Leningradi_Edasi_toimetus, lk 25
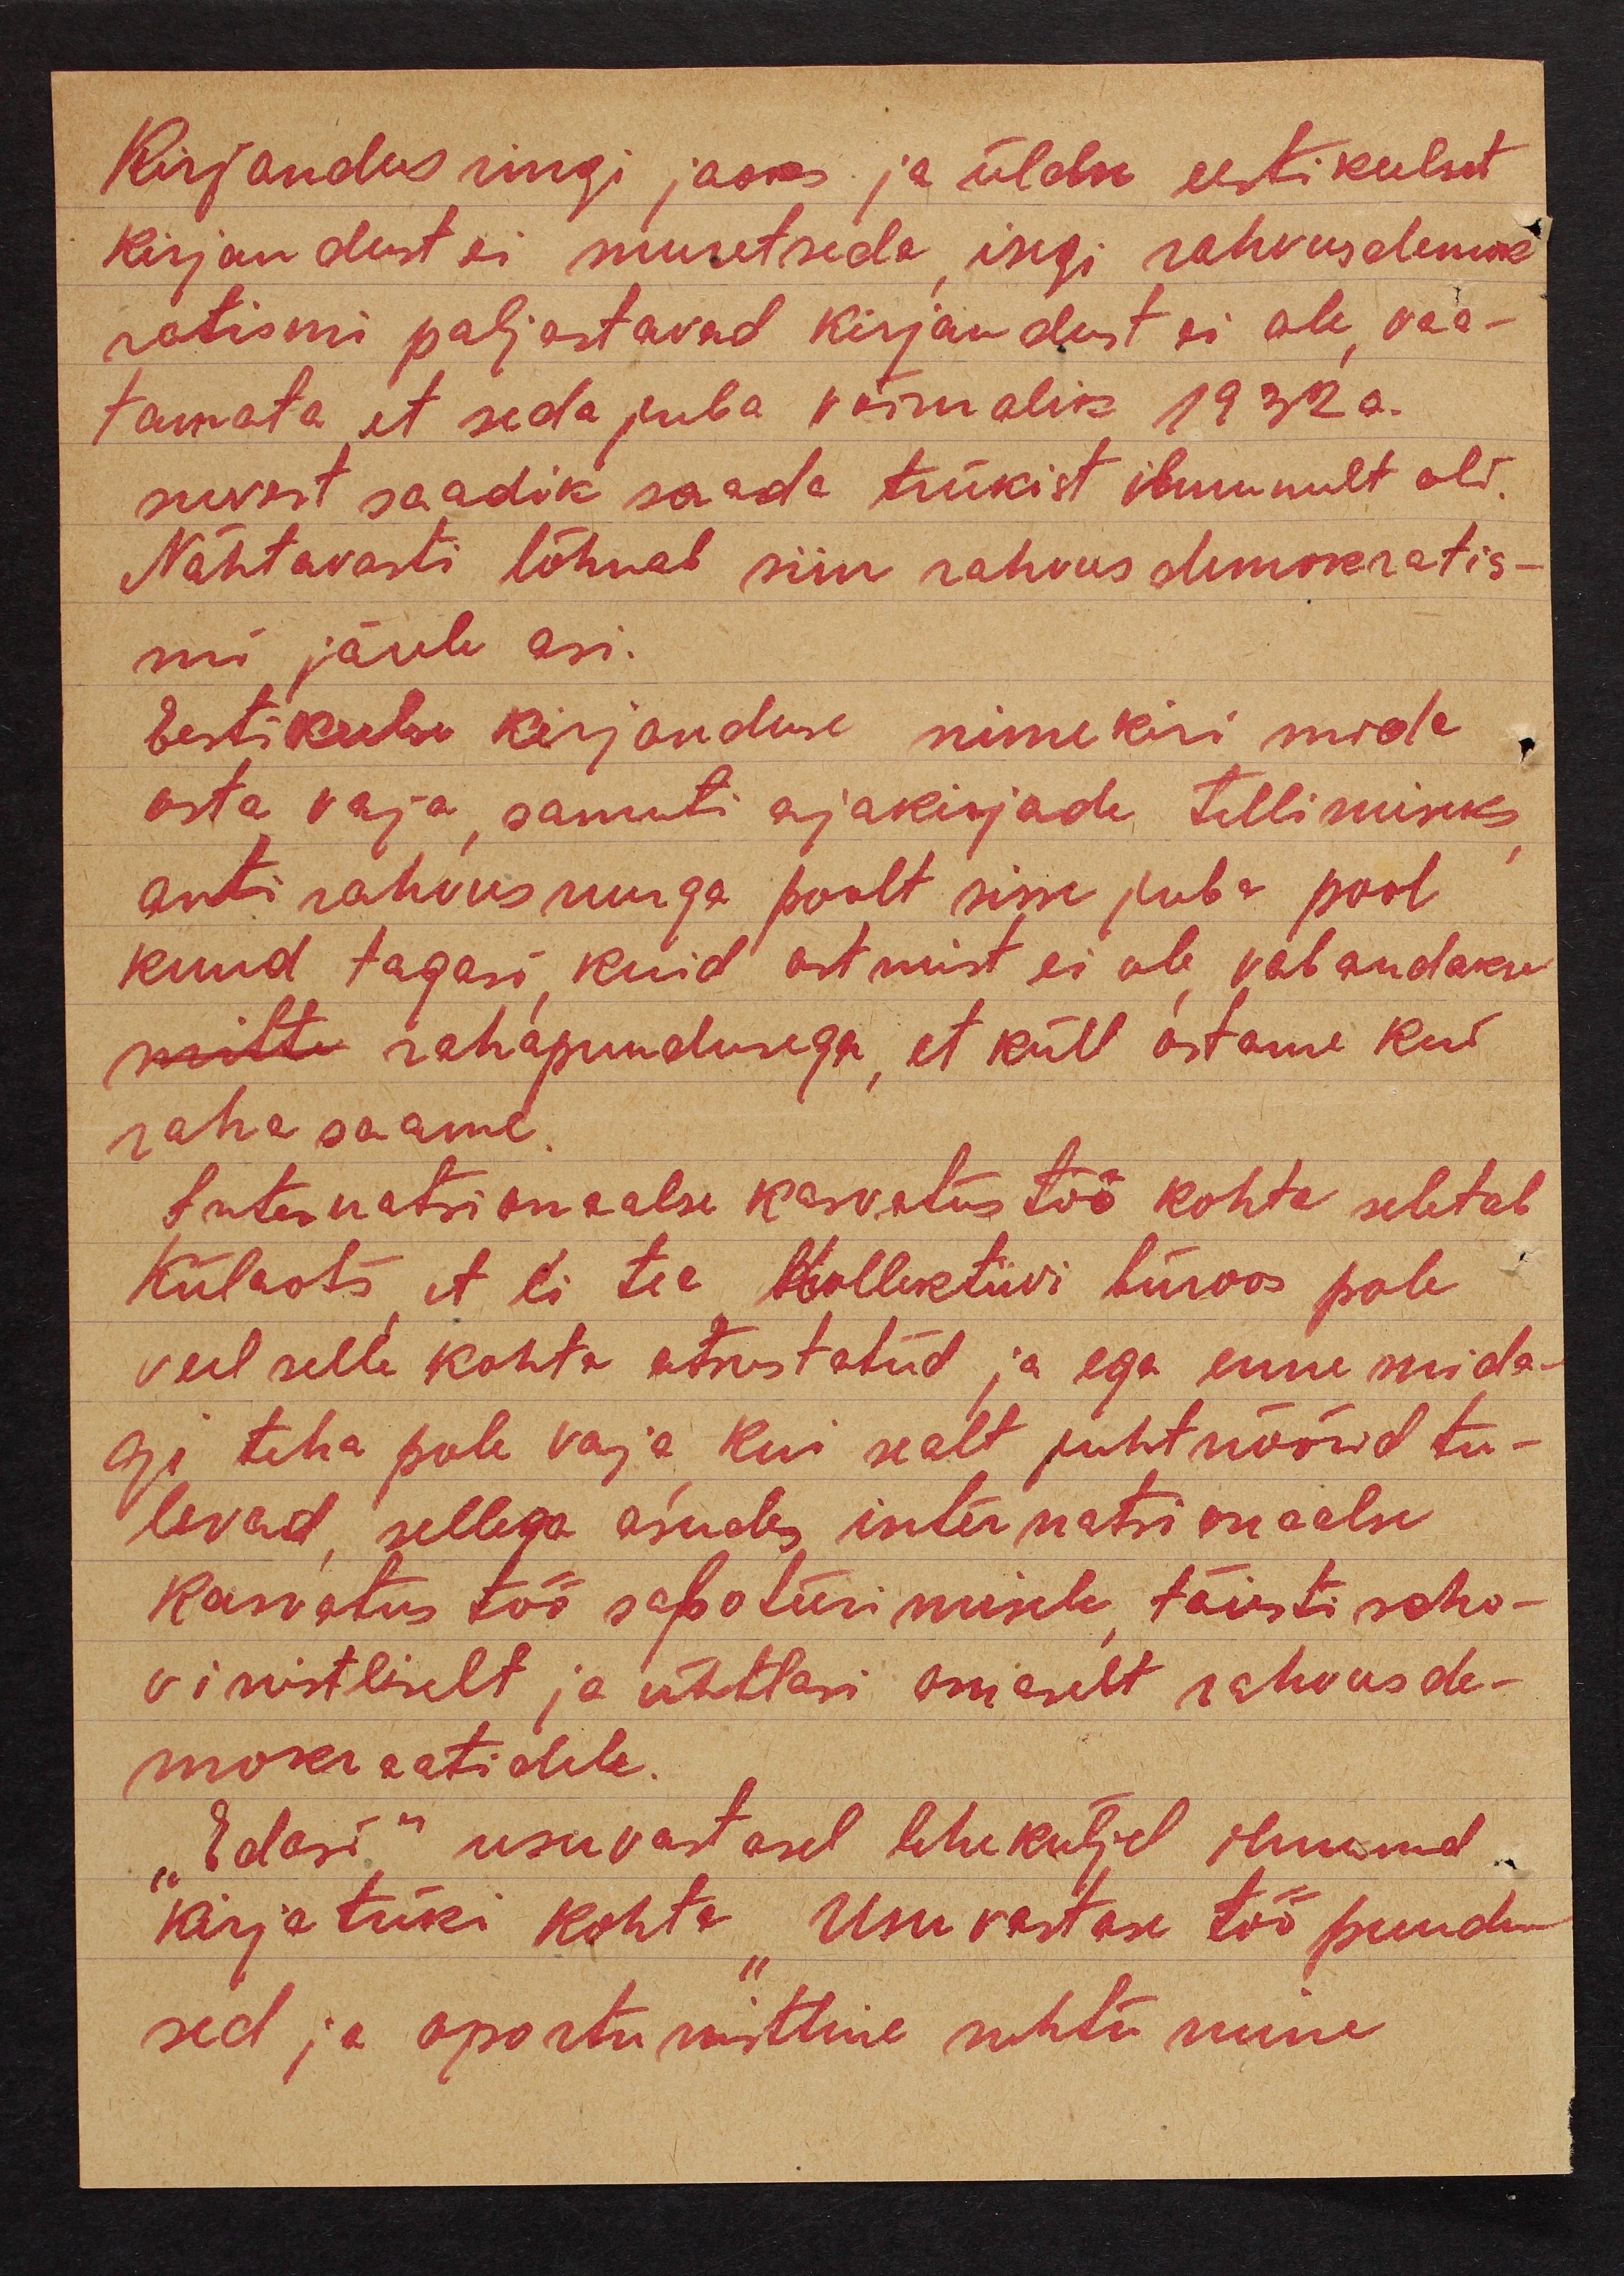
Kirjandusringi jaoks ja üldse eestikeelset
kirjandust ei muretseda, isegi rahvusdemok
ratismi paljastavad kirjandust ei ole, vaa-
tamata et seda juba võimalik 1932a.
suvest saadik saada trükist ilmunult oli.
Nähtavasti lõhnab siin rahvusdemokratis-
mi järele asi.
Eestikeelse kirjanduse nimekiri mida
osta vaja, samuti ajakirjade tellimiseks,
anti rahvusnurga poolt sisse juba pool
kuud tagasi, kuid ostmist ei ole, vabandakse
mitte rahapuudusega, et küll ostame kui
raha saame.
Internatsionaalse kasvatustöö kohta seletab
Külaots, et ei tea kollektiivi büroos pole
veel selle kohta otsustatud ja ega enne mida-
gi teha pole vaja, kui sealt juhtnöörid tu-
levad, sellega asudes internatsionaalne
kasvatus töö saboteerimisele, täiesti soho-
vinistliselt ja ühtlasi omaselt rahvusde-
mokraatidele.
"Edasi" usuvastasel leheküljel ilmunud
kirjatüki kohta "Usuvastase töö puudu-
sed ja oportunistline suhtumine